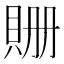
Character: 𧵡